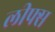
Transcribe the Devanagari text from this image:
लीफ्स